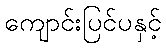
ကျောင်းပြင်ပနှင့်